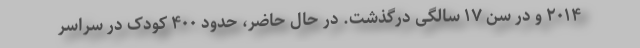
۲۰۱۴ و در سن ۱۷ سالگی درگذشت. در حال حاضر، حدود ۴۰۰ کودک در سراسر